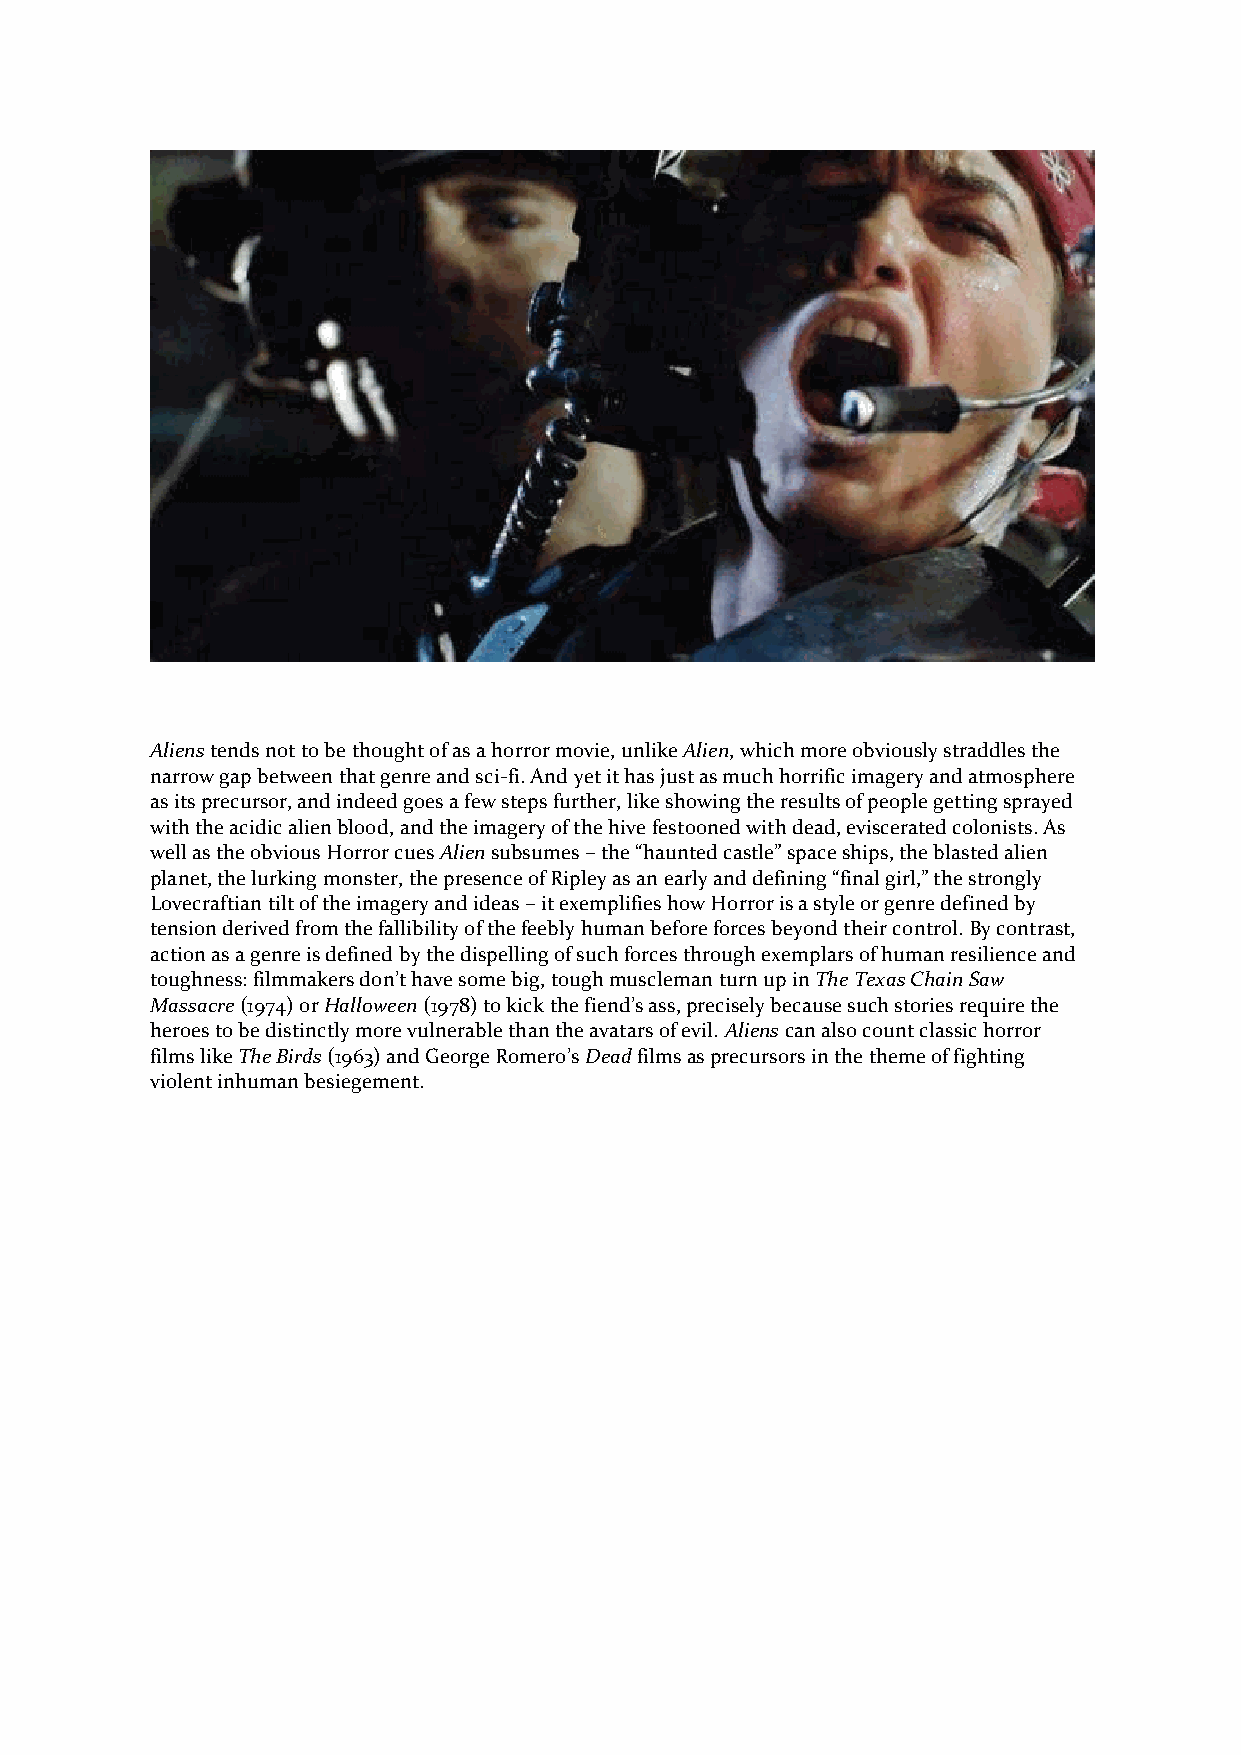
Aliens tends not to be thought of as a horror movie, unlike Alien, which more obviously straddles the
 narrow gap between that genre and sci-fi. And yet it has just as much horrific imagery and atmosphere
 as its precursor, and indeed goes a few steps further, like showing the results of people getting sprayed
 with the acidic alien blood, and the imagery of the hive festooned with dead, eviscerated colonists. As
 well as the obvious Horror cues Alien subsumes – the “haunted castle” space ships, the blasted alien
 planet, the lurking monster, the presence of Ripley as an early and defining “final girl,” the strongly
 Lovecraftian tilt of the imagery and ideas – it exemplifies how Horror is a style or genre defined by
 tension derived from the fallibility of the feebly human before forces beyond their control. By contrast,
 action as a genre is defined by the dispelling of such forces through exemplars of human resilience and
 toughness: filmmakers don’t have some big, tough muscleman turn up in The Texas Chain Saw
 Massacre (1974) or Halloween (1978) to kick the fiend’s ass, precisely because such stories require the
 heroes to be distinctly more vulnerable than the avatars of evil. Aliens can also count classic horror
 films like The Birds (1963) and George Romero’s Dead films as precursors in the theme of fighting
 violent inhuman besiegement.